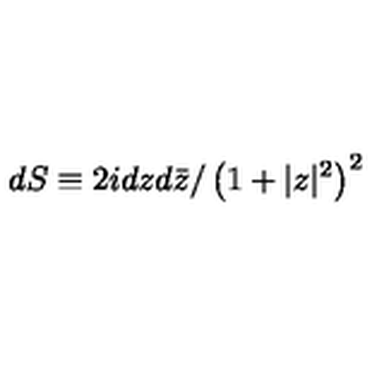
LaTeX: d S \equiv 2 i d z d \bar { z } / \left( 1 + | z | ^ { 2 } \right) ^ { 2 }